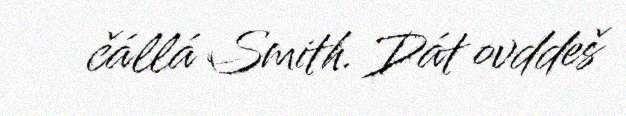
čállá Smith. Dát ovddeš